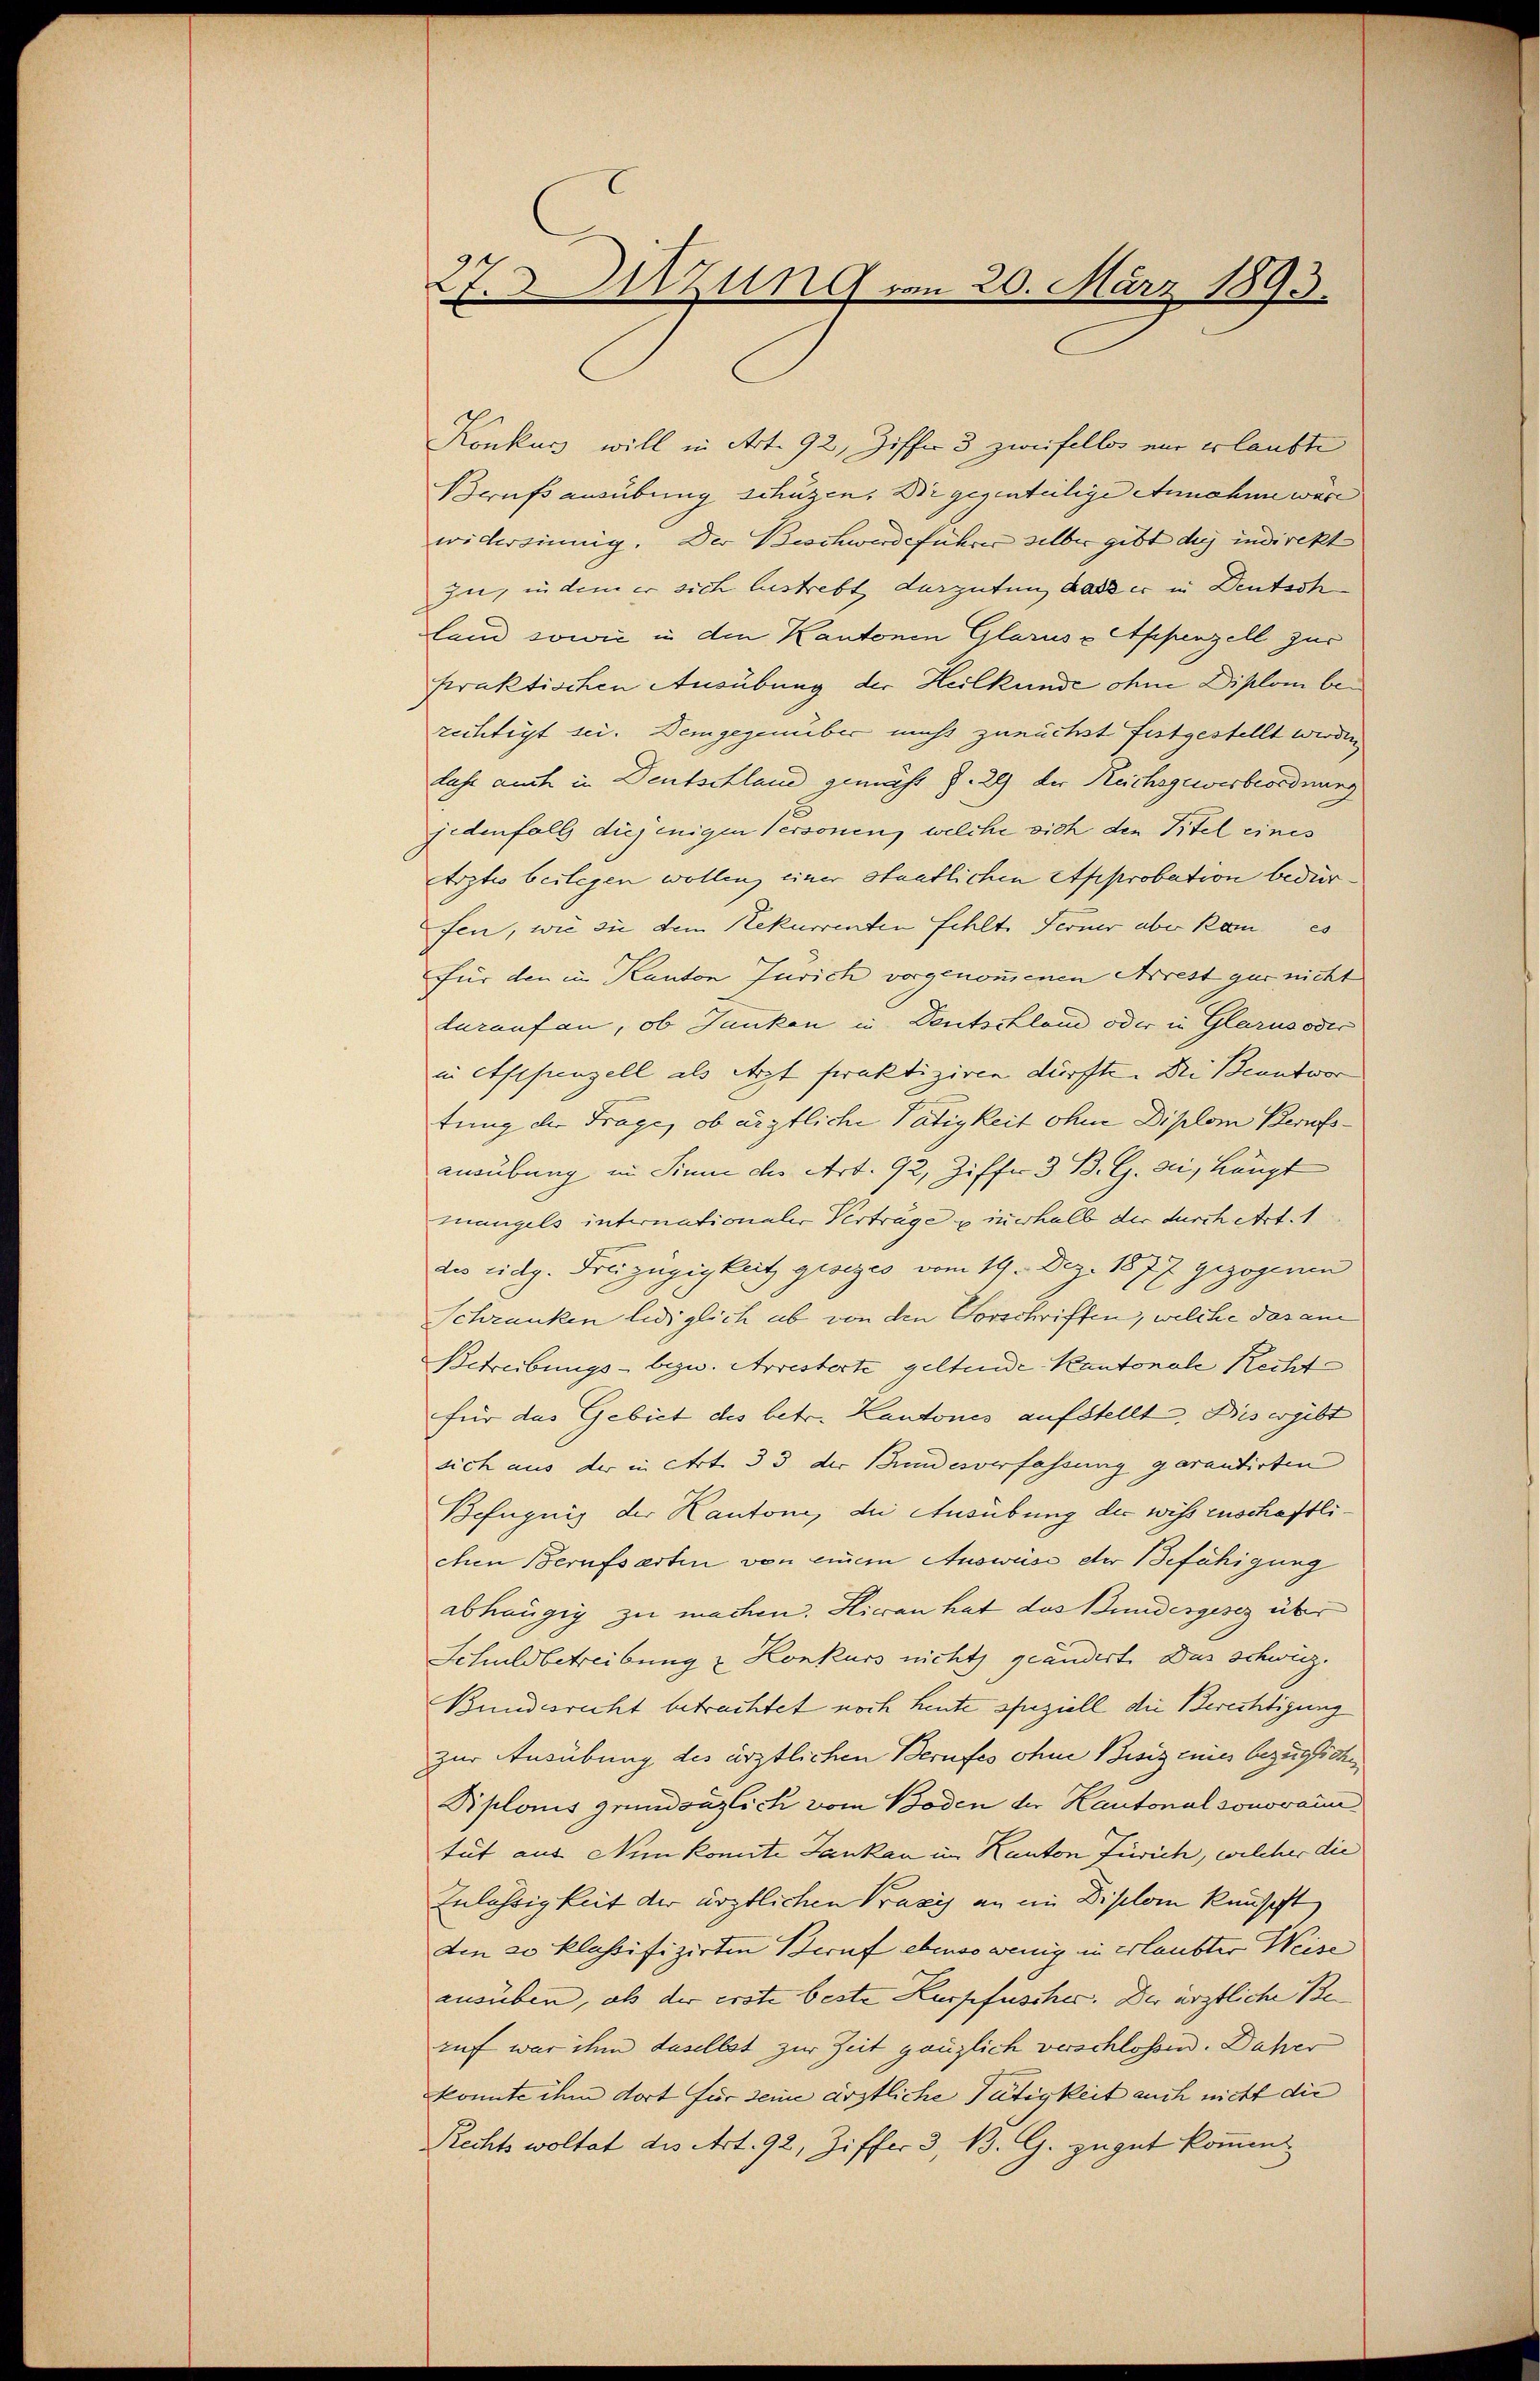
27. Sitzung vom 20. März 1893.

Konkurs will in Art. 92, Ziffer 3 zweifellos mir erlaubte
Brufs ausübung schützen. Dir gegenteilige Annahme wäre
widersinnig. Der Beschwerdeführer selber gibt des indirekt
zu, in dem er sich bestrebt derguten dass er in Deutsch
land sowie in den Kantonen Glarus & Appenzell zur
fraktischen Ausübung der Heilkunde ohne Diplom berechtigt sei. Demgegenüber nicht zunächst festgestellt werden
lass auch in Deutschland gemäht Z. 29 der Reichsgewerbeordnung
jedenfall diejenigen Personen, welche sich den Titel eines
Arztes bestegen wollen, einer Staatlichen Approbation bedürfen, wie sie dem Rekurrenten fehlt. Ferner aber kam es
für den in Kanton Zürich vorgenommenen Arrest gar nicht
darauf an, ob Jauken in Deutschland oder in Glarusović
in Appenzell als Arzt feraktiziren dürfte. Bei Beantwor
tung der Frage, ob ärztliche Tätigkeit ohne Diplom Berufsausübung im Sinne der Art. 92, Ziffer 3 B. G. ai, Häupt
mangels internationaler Verträge einerhalb der durch etct. 1
dis eidg. Freizügigkeit gesiges vom 19. Dez. 1877 gezogenen
Schranken lediglich ab von den Vorschriften, welche das am
Betreibungs- bezw. Arresterte geltende Kantonale Recht
für das Gebiet des betr. Kantones aufstellt, Dies ergibt
sich aus der in Art. 33 der Bundesverfassung garantirten
Befugung der Kantone, die Ausübung der wissenschaftlichen Berufsartin von einem Ausweise der Befähigung
abhängig zu machen. Hieran hat das Bundesgesez über
Schuldbetreibung u Konkurs nicht geändert. Das schweiz.
Bundesricht betrachtet noch heute speziell die Berechtigung
zur Ausübung des ärztlichen Berufes ohne Besizenies bezügliche
Rplonis gründenzlich vom Boden der Kantonal sonorain
tut aus Ninkomite Jaukau im Kanton Zürich, welcher die
Zulässigkeit der ärztlichen Praxis an ein Diplom kanscht
den 20 klassifizirten Beruf ebenso wenig in erlaubter Weise
ausüben, als der erste beste Kurpfuscher. Der ärztliche Be-
ruf war ihm daselbst zur Zeit gänzlich verschlossen. Daher
konnte ihm dort für seine ärztliche Tätigkeit auch nicht die
Rechts woltat des Art. 92, Ziffer 3, B. G. zugut kommen.